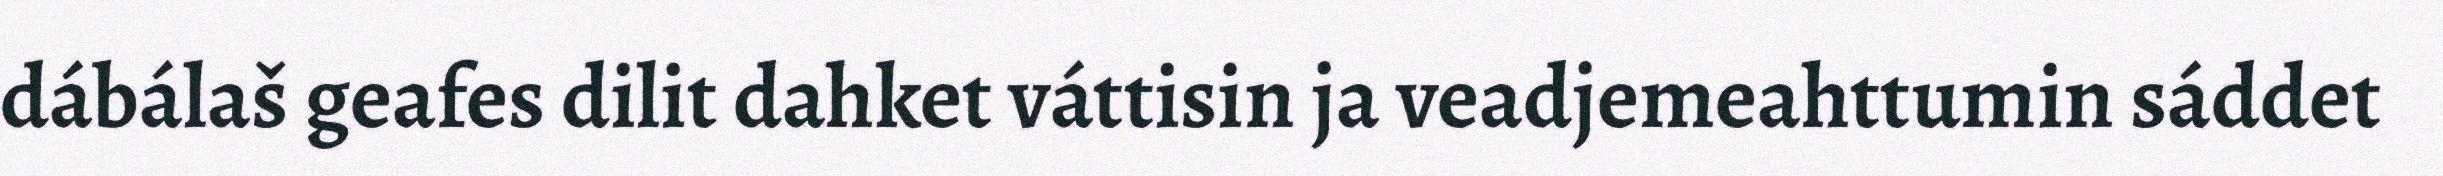
dábálaš geafes dilit dahket váttisin ja veadjemeahttumin sáddet